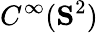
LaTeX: C^{\infty}(\mathbf{S}^{2})